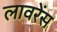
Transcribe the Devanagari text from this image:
लावरेंस